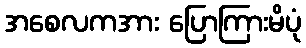
အစေလကအား ပြောကြားမိပုံ